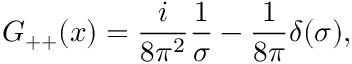
G _ { + + } ( x ) = { \frac { i } { 8 \pi ^ { 2 } } } { \frac { 1 } { \sigma } } - { \frac { 1 } { 8 \pi } } \delta ( \sigma ) , \nonumber